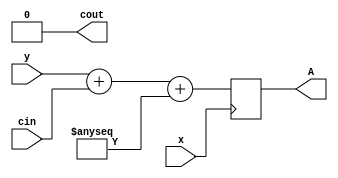
module top
(
 input x,
 input y,
 input cin,

 output reg A,
 output reg cout
 );

 reg ASSERT = 1;
 (* anyconst *) reg foo;
 (* anyseq *) reg too;



 initial begin
    begin
        A = 0;
        cout = 0;
    end
 end

always @(posedge x) begin
    if ($initstate)
        A <= 0;
    A <=  y + cin + too;
end

endmodule

module top2
(
 input x,
 input y,
 input cin,

 output reg A,
 output reg cout
 );

 reg ASSERT = 1;
 (* anyconst *) reg foo;
 (* anyseq *) reg too;



 initial begin
    begin
        A = 0;
        cout = 0;
    end
 end

always @(posedge x) begin
    if ($initstate)
        A <= 0;
    A <=  y + cin + too;

end
always @(posedge x) begin
    if ($initstate)
        cout <= 0;
        cout <=  y + A + foo;

end

endmodule